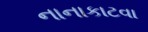
નાનાકાટવા